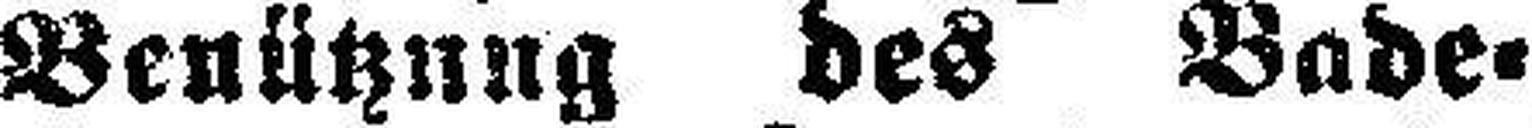
Benützung des Bade¬